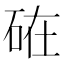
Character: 𥒒